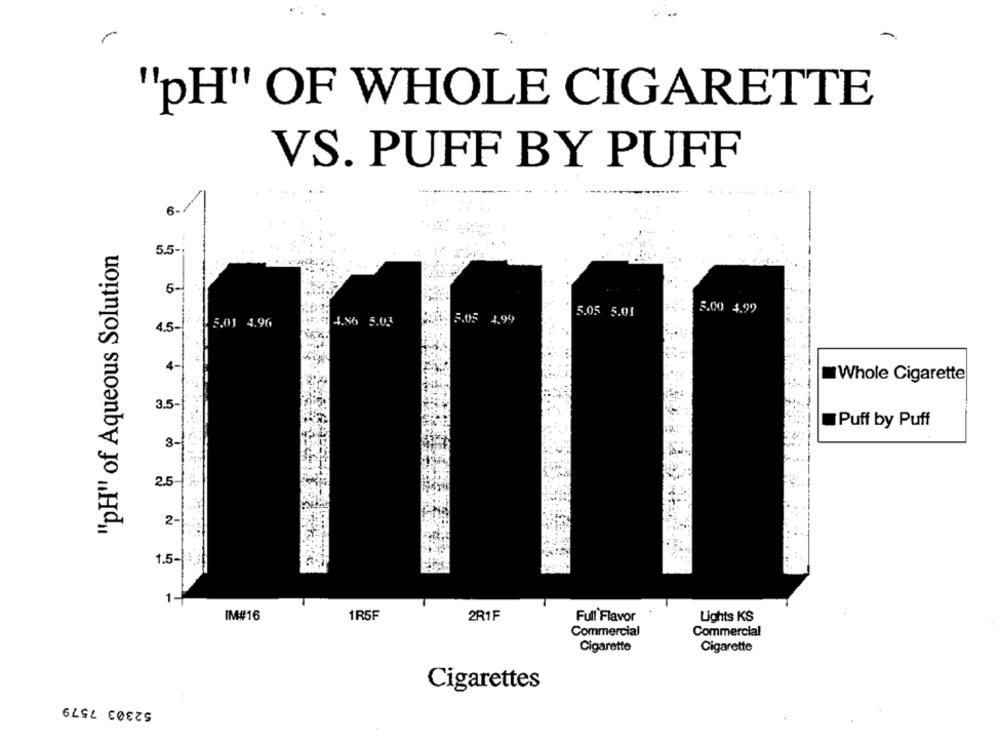
"pH" OF WHOLE CIGARETTE
VS. PUFF BY PUFF
6
"pH" of Aqueous Solution
5.5-
. ..
6-
5.05 5.01
5.00 4.99
Boty 5.05 4.99
4.5-1 1 5.01 4.96
$6 5.03
4-
Whole Cigarette
3.5-
Puff by Puff
3-
2.5-
2-
1.5-
1-
IM#16
1R5F
2R1F
Full Flavor
Lights KS
Commercial
Commercial
Cigarette
Cigarette
Cigarettes
52303 7579